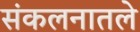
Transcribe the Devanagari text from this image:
संकलनातले